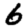
Digit: 6